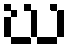
ဃ